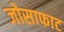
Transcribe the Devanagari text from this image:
जोसाफाट